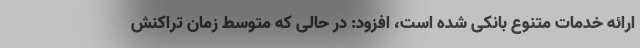
ارائه خدمات متنوع بانکی شده است، افزود: در حالی که متوسط زمان تراکنش